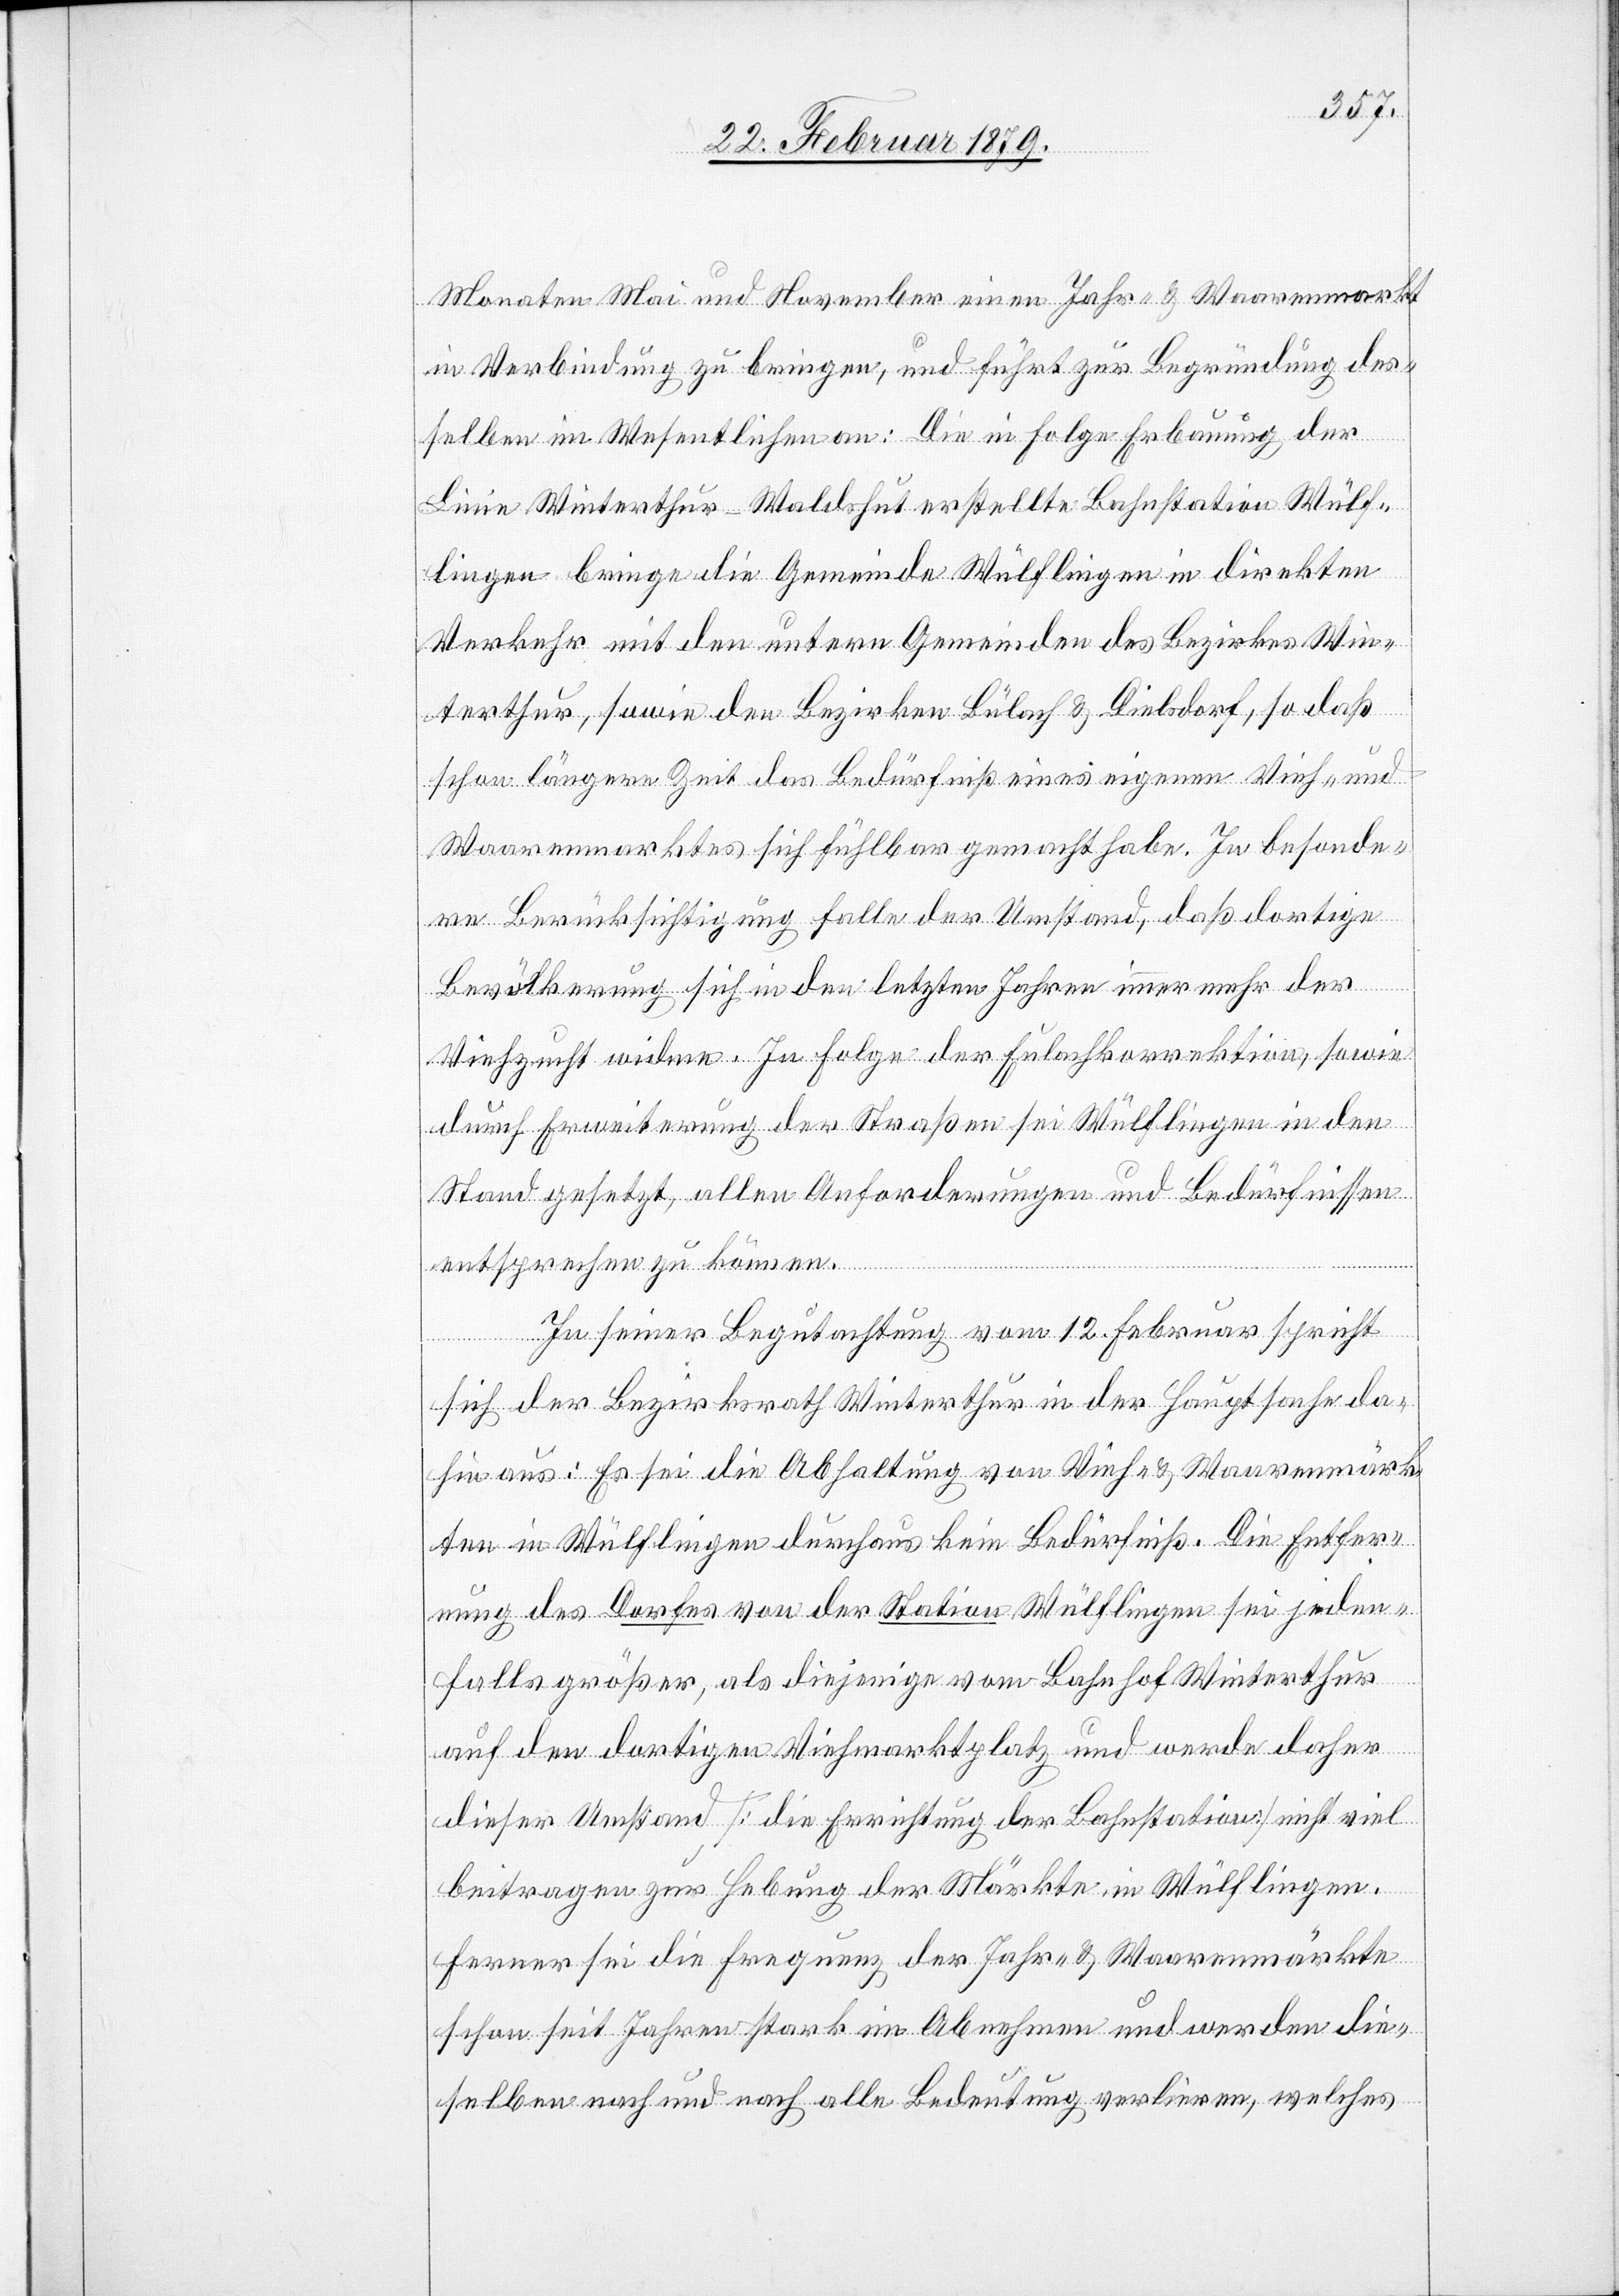
Monaten Mai und November einen Jahr- & Waarenmarkt
in Verbindung zu bringen, und führt zur Begründung des¬
selben im Wesentlichen an: Die in Folge Erbauung der
Linie Winterthur–Waldshut erstellte Bahnstation Wülf¬
lingen bringe die Gemeinde Wülflingen in direkten
Verkehr mit den untern Gemeinden des Bezirkes Win¬
terthur, sowie den Bezirken Bülach & Dielsdorf, so daß
schon längere Zeit das Bedürfniß eines eigenen Vieh- und
Waarenmarktes sich fühlbar gemacht habe. In besonde¬
re Berücksichtigung falle der Umstand, daß dortige
Bevölkerung sich in den letzten Jahren immer mehr der
Viehzucht widme. In Folge der Eulachkorrektion, sowie
durch Erweiterung der Straßen sei Wülflingen in den
Stand gesetzt, allen Anforderungen und Bedürfnissen
entsprechen zu können.
In seiner Begutachtung vom 12. Februar spricht
sich der Bezirksrath Winterthur in der Hauptsache da¬
hin aus: Es sei die Abhaltung von Vieh- & Waarenmärk¬
ten in Wülflingen durchaus kein Bedürfniß. Die Entfer¬
nung des Dorfes von der Station Wülflingen sei jeden¬
falls größer, als diejenige vom Bahnhof Winterthur
auf den dortigen Viehmarktplatz und werde daher
dieser Umstand [die Errichtung der Bahnstation] nicht viel
beitragen zur Hebung der Märkte in Wülflingen.
Ferner sei die Frequenz der Jahr- & Waarenmärkte
schon seit Jahren stark im Abnehmen und werden die¬
selben nach und nach alle Bedeutung verlieren, welches